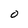
Character: 0